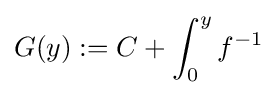
G(y):=C+\int _{0}^{y}f^{-1}